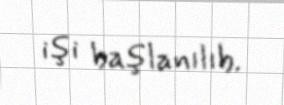
işi başlanılıb.